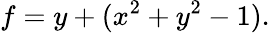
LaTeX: f=y+(x^{2}+y^{2}-1).